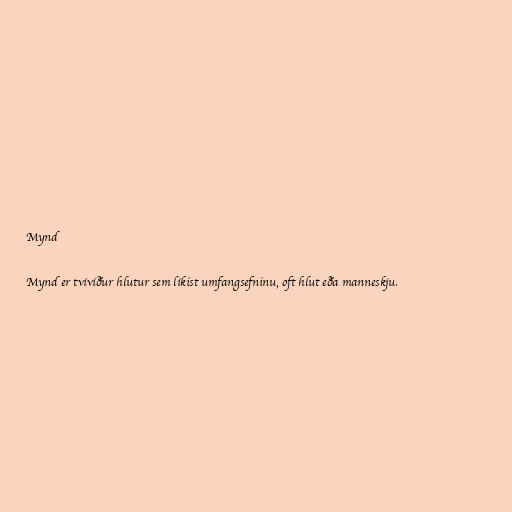
Mynd

Mynd er tvívíður hlutur sem líkist umfangsefninu, oft hlut eða manneskju.